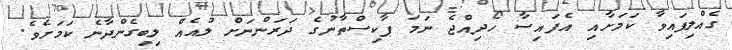
ގެއްލިފައިވާ ކަމަށާއި އެފައިސާ ހޯދިއްޖެ ނަމަ ޕާކިސްތާނުގެ ދަރަންނަށް ލުއެއް ލިބިގެންދާނެ ކަމަށެވެ.